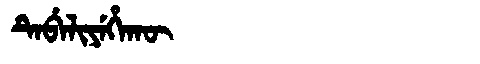
Manchu: ᡨᡝᠪᡝᠯᡳᠶᡝᡥᠠᡴᡡ
Romanization: TEBELIYEHAKŪ